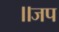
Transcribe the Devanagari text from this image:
॥जप